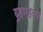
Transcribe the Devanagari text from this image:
ब्र्हमहत्या